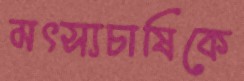
মৎস্যচাষিকে